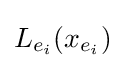
L_{e_{i}}(x_{e_{i}})